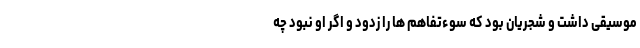
موسیقی داشت و شجریان بود که سوء‌تفاهم ها را زدود و اگر او نبود چه